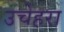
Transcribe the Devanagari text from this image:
उचेहरा